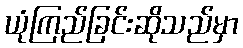
ယုံကြည်ခြင်းဆိုသည်မှာ